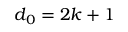
d _ { 0 } = 2 k + 1